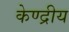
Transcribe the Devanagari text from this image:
केण्द्रीय